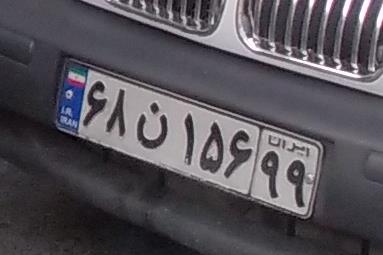
۶۸ن۱۵۶۹۹